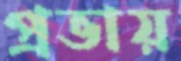
প্রভায়